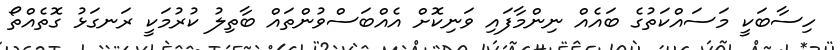
ހިސާބަކީ މަސައްކަތުގެ ބައެއް ނިންމާފައި ވަނިކޮށް އެއްބަސްވުންތައް ބާތިލު ކުރުމަކީ ރަނގަޅު ގޮތެއްތޯ